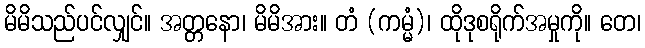
မိမိသည်ပင်လျှင်။ အတ္တနော၊ မိမိအား။ တံ (ကမ္မံ)၊ ထိုဒုစရိုက်အမှုကို။ တေ၊